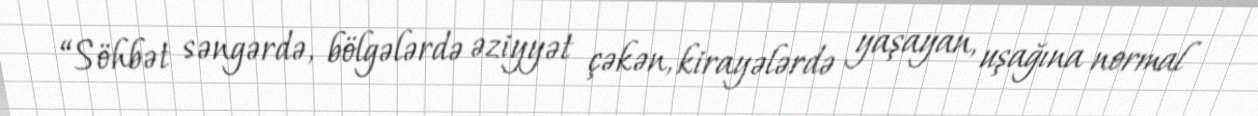
“Söhbət səngərdə, bölgələrdə əziyyət çəkən, kirayələrdə yaşayan, uşağına normal